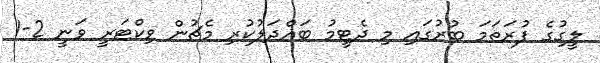
ލީގުގެ ފުރަތަމަ ބުރުގައި މި ދެޓީމު ބައްދަލުކުރި މެޗުން ވިކްޓަރީ ވަނީ 2-1